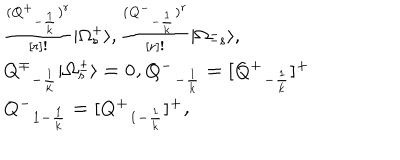
\begin{array} { l c r } { { { ( \bf \frac { { Q ^ { + } } _ { - { \frac { 1 } { k } } } ) ^ { r } } { [ r ] ! } } \vert \Omega _ { s } ^ { + } \rangle , { \bf \frac { { ( Q ^ { - } } _ { - { \frac { 1 } { k } } } ) ^ { r } } { [ r ] ! } } \vert \Omega _ { - s } ^ { - } \rangle , } } \\ { { \bf { Q ^ { \mp } } _ { - { \frac { 1 } { k } } } \vert \Omega _ { s } ^ { \pm } \rangle = 0 , \bf { Q ^ { - } } _ { - { \frac { 1 } { k } } } = [ \bf { Q ^ { + } } _ { - { \frac { 1 } { k } } } ] ^ { + } } } \\ { { \bf { Q ^ { - } } _ { 1 - { \frac { 1 } { k } } } = [ \bf { Q ^ { + } } _ { 1 - { \frac { 1 } { k } } } ] ^ { + } , } } \\ \end{array}